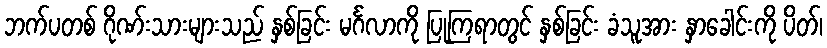
ဘက်ပတစ် ဂိုဏ်းသားများသည် နှစ်ခြင်း မင်္ဂလာကို ပြုကြရာတွင် နှစ်ခြင်း ခံသူအား နှာခေါင်းကို ပိတ်၊